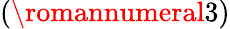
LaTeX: (\romannumeral 3)